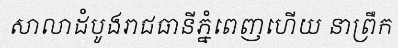
សាលាដំបូងរាជធានីភ្នំពេញហើយ នាព្រឹក